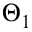
\Theta _ { 1 }